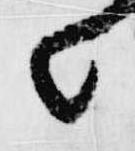
々